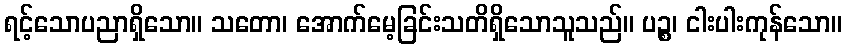
ရင့်သောပညာရှိသော။ သတော၊ အောက်မေ့ခြင်းသတိရှိသောသူသည်။ ပဉ္စ၊ ငါးပါးကုန်သော။